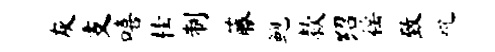
灰支嘻桂制藤鲍款绍徭致吮